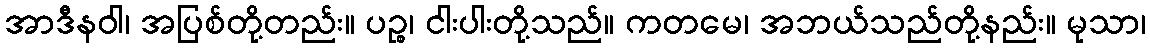
အာဒီနဝါ၊ အပြစ်တို့တည်း။ ပဉ္စ၊ ငါးပါးတို့သည်။ ကတမေ၊ အဘယ်သည်တို့နည်း။ မုသာ၊